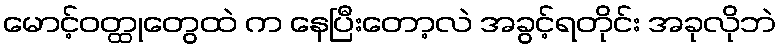
မောင့်ဝတ္ထုတွေထဲ က နေပြီးတော့လဲ အခွင့်ရတိုင်း အခုလိုဘဲ